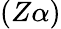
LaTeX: (Z\alpha)